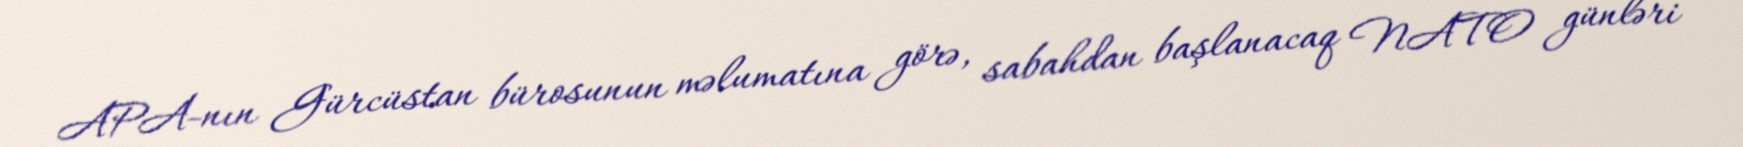
APA-nın Gürcüstan bürosunun məlumatına görə, sabahdan başlanacaq NATO günləri